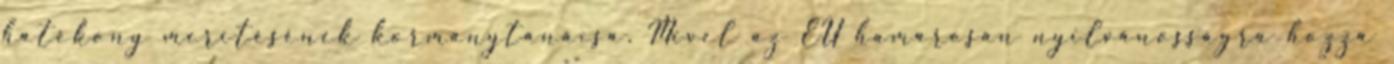
hatékony merítésének kormánytanácsa. Mivel az EU hamarosan nyilvánosságra hozza